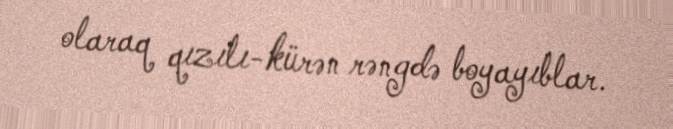
olaraq qızılı-kürən rəngdə boyayıblar.